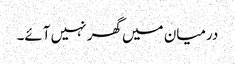
درمیان میں گھر نہیں آئے۔